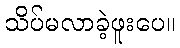
သိပ်မလာခဲ့ဖူးပေ။